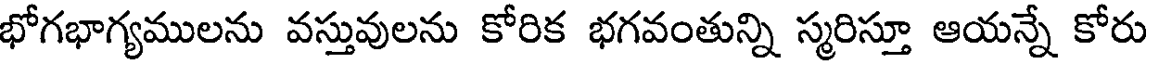
భోగభాగ్యములను వస్తువులను కోరిక భగవంతున్ని స్మరిస్తూ ఆయన్నే కోరు